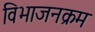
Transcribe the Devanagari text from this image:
विभाजनक्रम